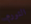
التورم